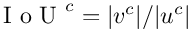
\mathrm { ~ I ~ o ~ U ~ } ^ { c } = | v ^ { c } | / | u ^ { c } |